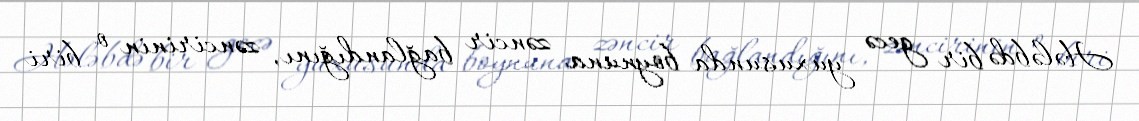
Hələbdə bir gecə yuxusunda boynuna zəncir bağlandığını, zəncirinin o biri